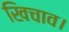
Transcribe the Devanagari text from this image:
खिचाव।